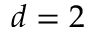
d = 2